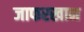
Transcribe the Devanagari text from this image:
जाफरखान